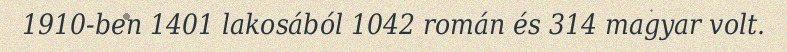
1910-ben 1401 lakosából 1042 román és 314 magyar volt.